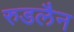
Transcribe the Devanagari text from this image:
रुडलैन